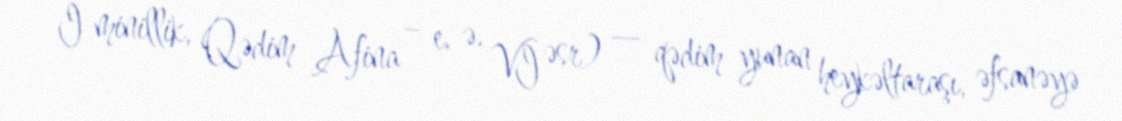
I minillik, Qədim Afina – e. ə. VI əsr) — qədim yunan heykəltaraşı, əfsanəyə